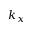
k _ { x }